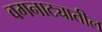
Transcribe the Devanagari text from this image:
वगनाट्यातील